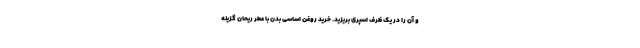
و آن را در یک ظرف اسپری بریزید. خرید روغن اساسی بدن با عطر ریحان گزینه